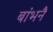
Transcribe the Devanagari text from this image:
बांभनै